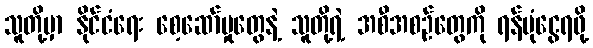
သူတို့မှာ နိုင်ငံရေး စေ့ဆော်မှုတွေနဲ့ သူတို့ရဲ့ အစီအစဉ်တွေကို ရန်ပုံငွေရဖို့